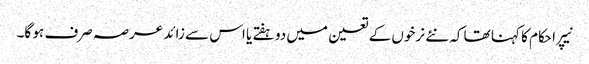
نیپرا حکام کا کہنا تھا کہ نئے نرخوں کے تعین میں دو ہفتے یا اس سے زائد عرصہ صرف ہو گا۔